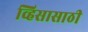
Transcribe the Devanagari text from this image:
व्हिसासाठी